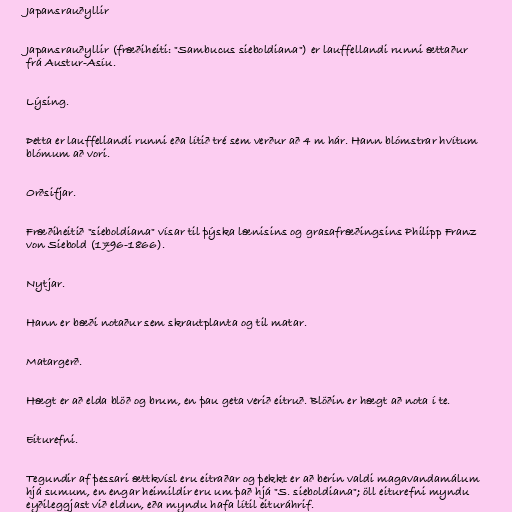
Japansrauðyllir

Japansrauðyllir (fræðiheiti: "Sambucus sieboldiana") er lauffellandi runni ættaður
frá Austur-Asíu.

Lýsing.

Þetta er lauffellandi runni eða lítið tré sem verður að 4 m hár. Hann blómstrar hvítum
blómum að vori.

Orðsifjar.

Fræðiheitið "sieboldiana" vísar til þýska lænisins og grasafræðingsins Philipp Franz
von Siebold (1796-1866).

Nytjar.

Hann er bæði notaður sem skrautplanta og til matar.

Matargerð.

Hægt er að elda blöð og brum, en þau geta verið eitruð. Blöðin er hægt að nota í te.

Eiturefni.

Tegundir af þessari ættkvísl eru eitraðar og þekkt er að berin valdi magavandamálum
hjá sumum, en engar heimildir eru um það hjá "S. sieboldiana"; öll eiturefni myndu
eyðileggjast við eldun, eða myndu hafa lítil eituráhrif.